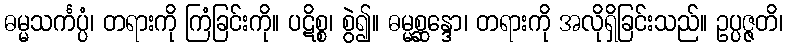
ဓမ္မသင်္ကပ္ပံ၊ တရားကို ကြံခြင်းကို။ ပဋိစ္စ၊ စွဲ၍။ ဓမ္မစ္ဆန္ဒော၊ တရားကို အလိုရှိခြင်းသည်။ ဥပ္ပဇ္ဇတိ၊